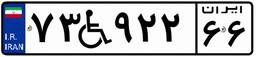
۱۵W۱۲۹۶۹